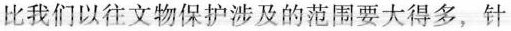
比我们以往文物保护涉及的范围要大得多，针